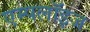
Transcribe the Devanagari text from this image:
एम्पलॉइज